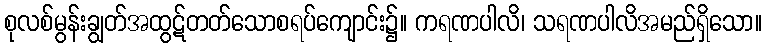
စုလစ်မွန်းချွတ်အထွဋ်တတ်သောစရပ်ကျောင်း၌။ ကရဏပါလိ၊ သရဏပါလိအမည်ရှိသော။